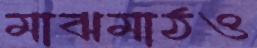
মাঝমাঠও